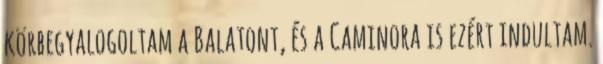
körbegyalogoltam a Balatont, és a Caminora is ezért indultam.